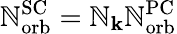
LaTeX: \mathbb{N}_{\mathrm{{orb}}}^{\mathrm{{SC}}}=\mathbb{N}_{\mathbf{{k}}}\mathbb{N}_{\mathrm{{orb}}}^{\mathrm{{PC}}}